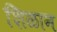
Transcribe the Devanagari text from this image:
शिळान